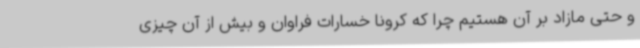
و حتی مازاد بر آن هستیم چرا که کرونا خسارات فراوان و بیش از آن چیزی